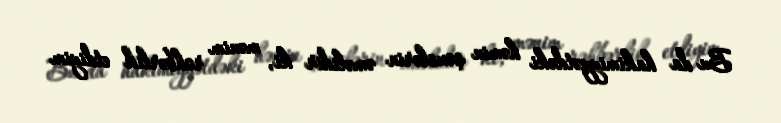
Bu da hakimiyyətdəki həmin şəxslərin əməlidir ki, mənim rəhbərlik etdiyim